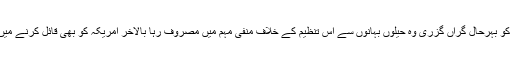
یہ بات بھارت کو بہرحال گراں گزری وہ حیلوں بہانوں سے اس تنظیم کے خلاف منفی مہم میں مصروف رہا بالآخر امریکہ کو بھی قائل کرنے میں کامیاب ہوگیا۔